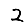
Digit: 2